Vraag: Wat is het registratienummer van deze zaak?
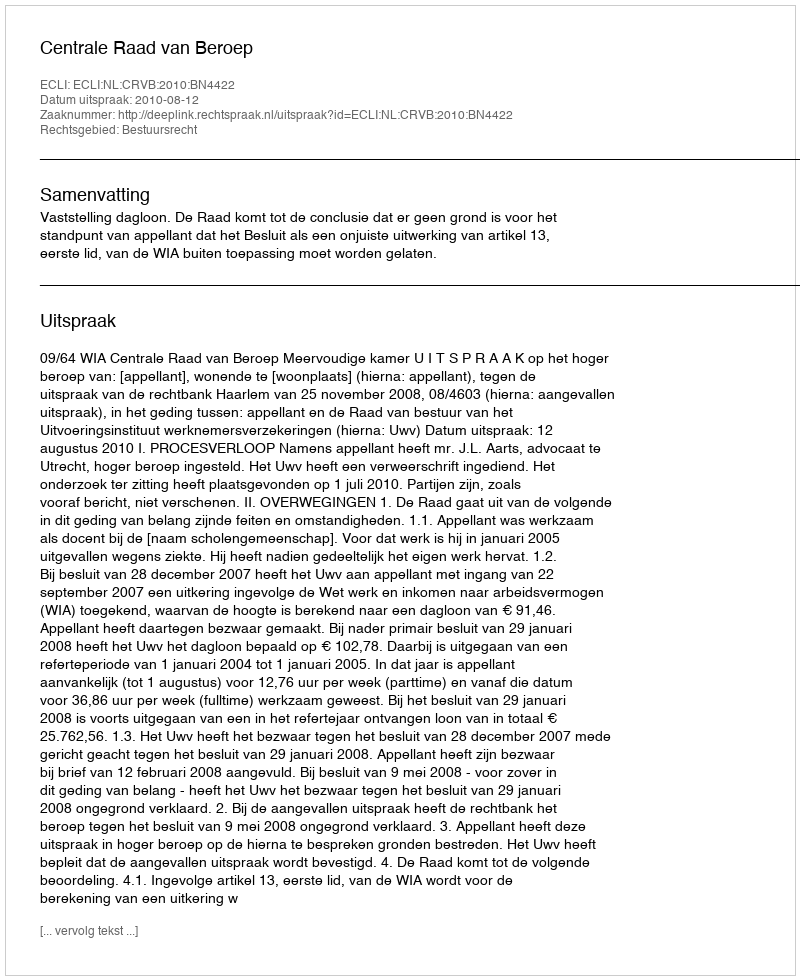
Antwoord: http://deeplink.rechtspraak.nl/uitspraak?id=ECLI:NL:CRVB:2010:BN4422